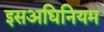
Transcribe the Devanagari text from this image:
इसअधिनियम